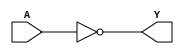
module CMOS_NOT_gate (
    input wire A,
    output wire Y
);

    assign Y = ~A;

endmodule